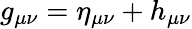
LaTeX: g_{\mu\nu}=\eta_{\mu\nu}+h_{\mu\nu}